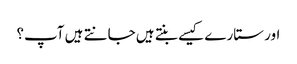
اور ستارے کیسے بنتے ہیں جانتے ہیں آپ؟